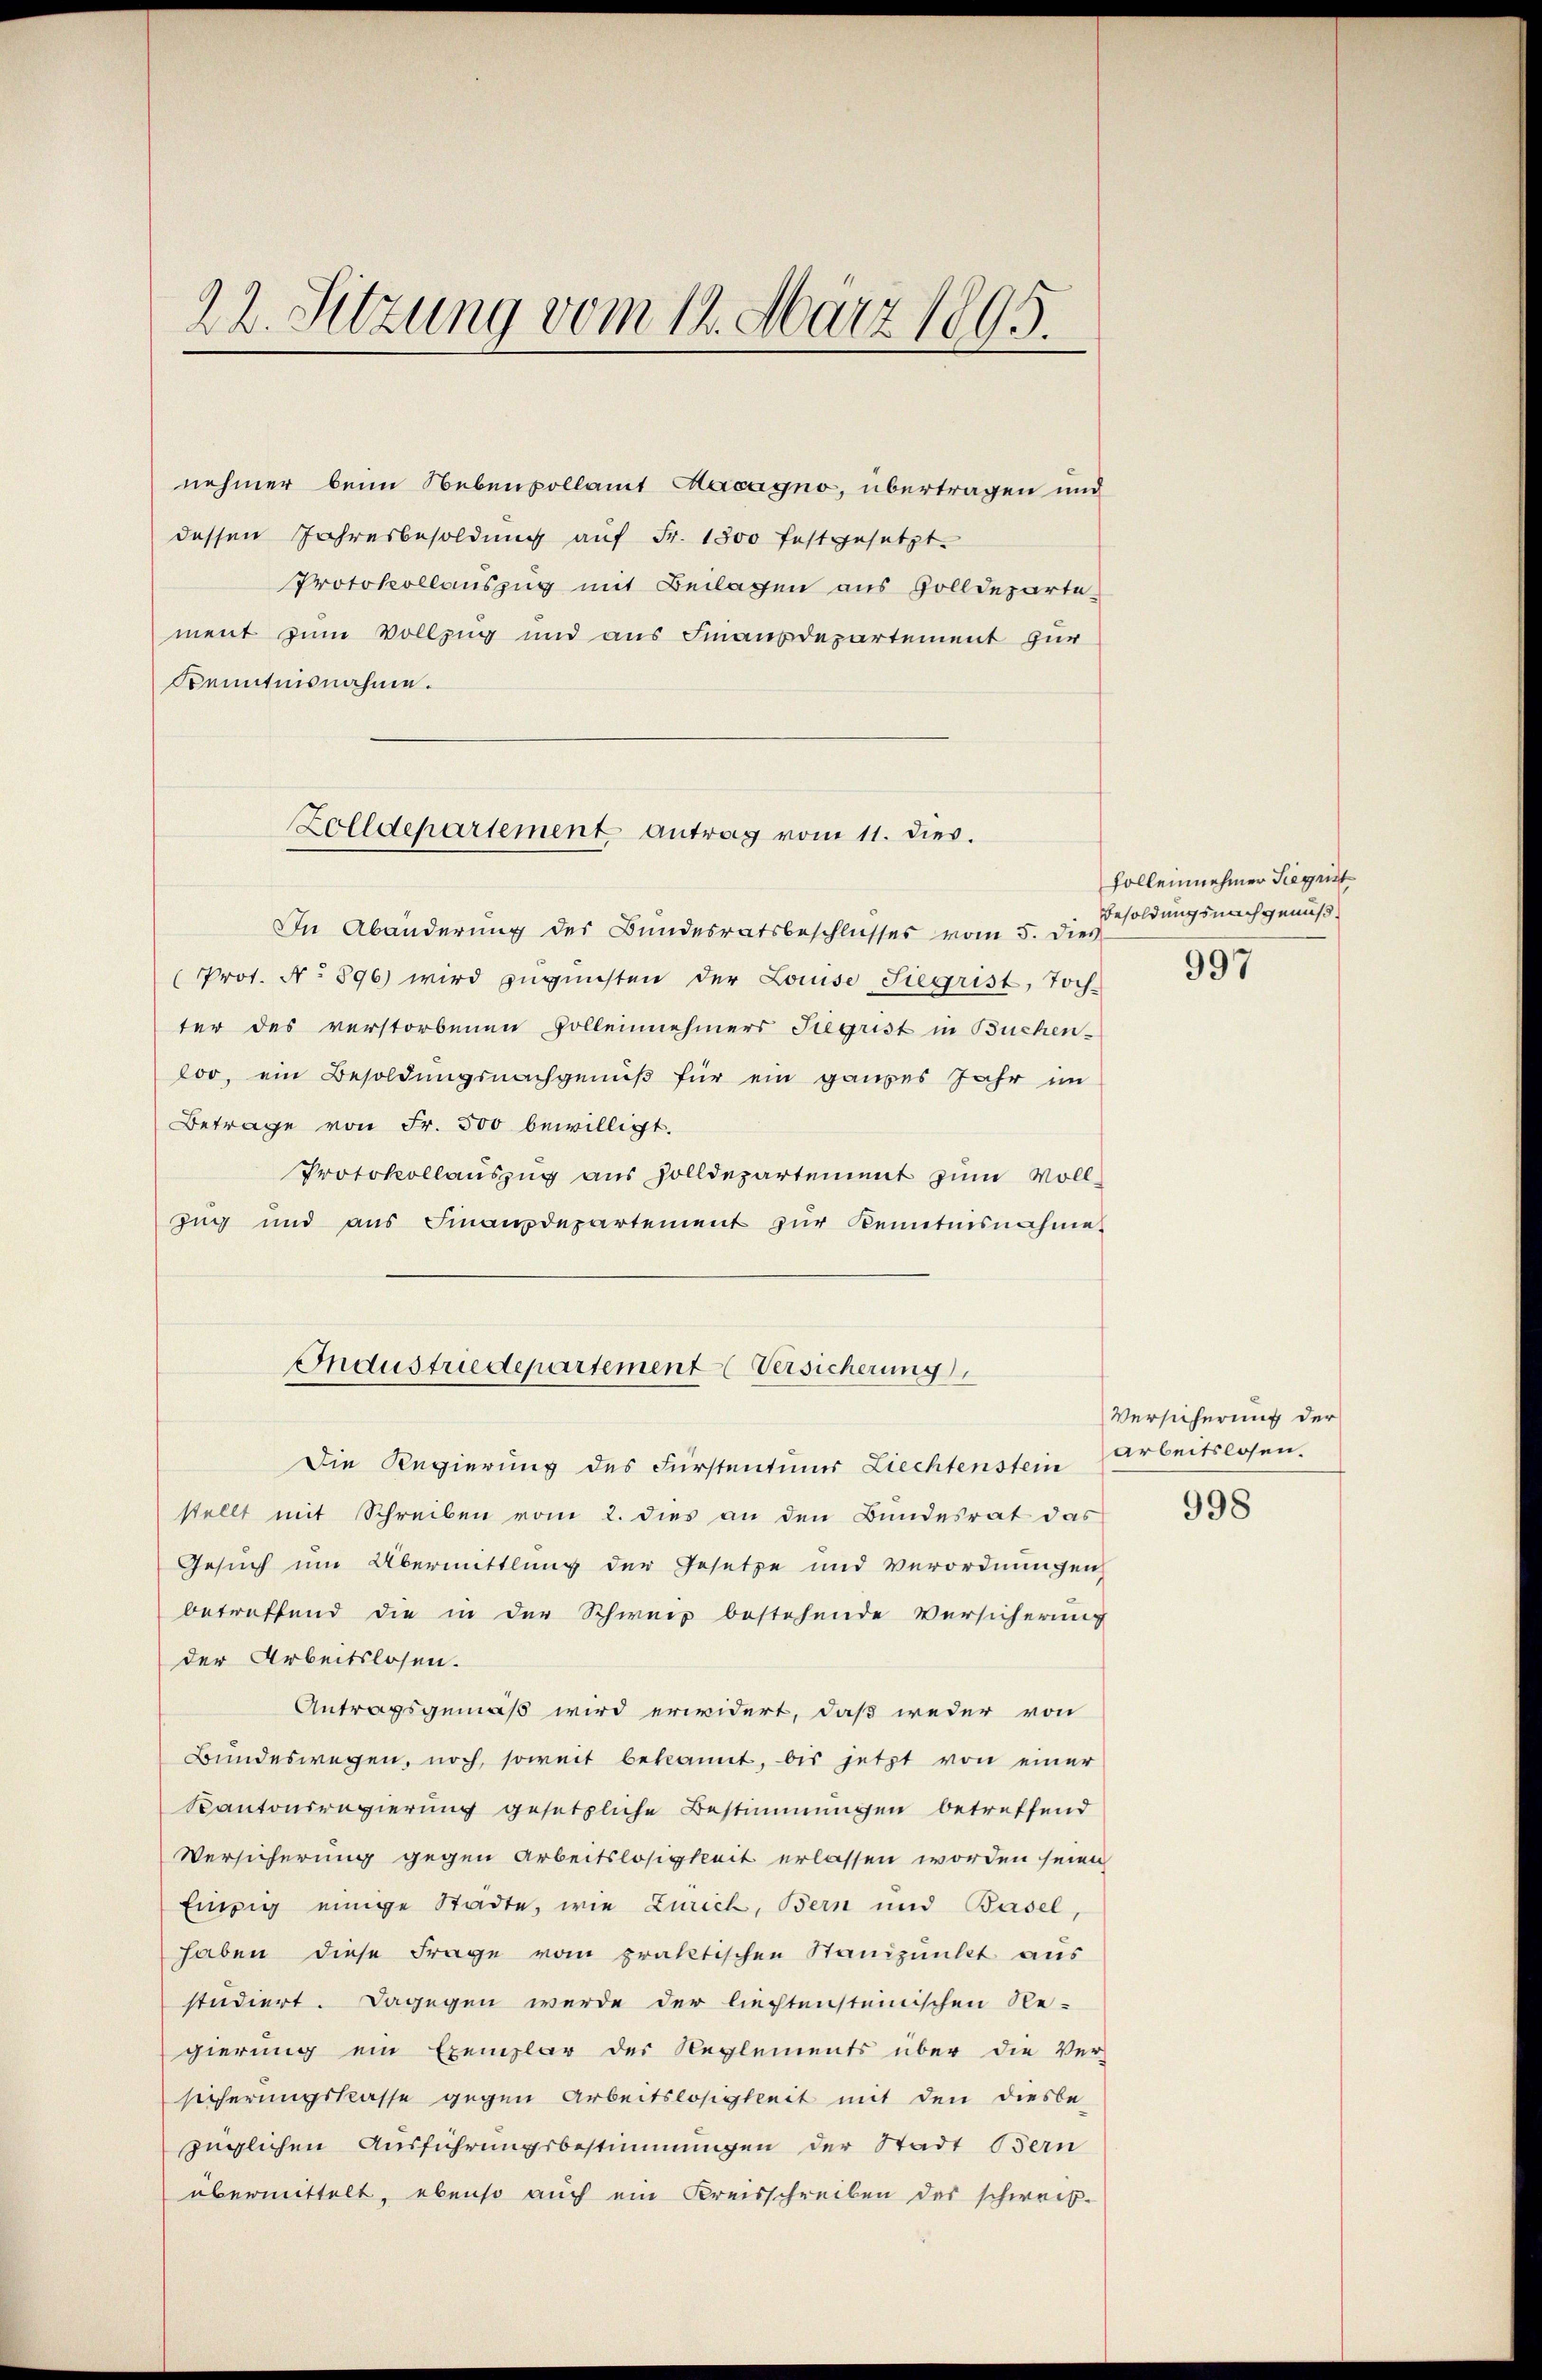
22. Sitzung vom 14. März 1895.

nehmer beim Nebenpollamt Macagno, übertragen und
dessen Jahresbesoldung auf Fr. 1800 festgesetzt.
Protokollauszug mit Beilagen aus Zolldepartement zum Vollzug und aus Finanzdepartement zur
Kenntnisnahme.

Zolldepartement antrag vom 11. dies.

In Abänderung des Bundesratsbeschlŭsses vom 5. dies
(Prot. No 896) wird zugunsten der Louise Siegrist, Toch-
ter des verstorbenen Vollennehmers Siegrist in Buchen-
loo, ein Besoldungsnachgenuß für ein ganzes Jahr im
Betrage von Fr. 500 bewilligt.
Protokollauszug aus Zolldepartement zum Voll¬
Zug und aŭs Finanzdepartement zŭr Kenntnisnahme
Die Regierung des Fürstentums Liechtenstein Arbeitslosen.
stellt mit Schreiben vom 2. dies an den Bundesrat das
Gesuch um Übermittlung der Gesetze und Verordnungen
betreffend die in der Schweiz bestehende Versicherung
der Arbeitslosen.
Antragsgemäß wird erwidert, daß weder von
Bundeswegen, noch, soweit bekannt, bis jetzt von einer
Kantonsregierung gesetzliche Bestimmungen betreffend
Versicherung gegen Arbeitslosigkeit erlassen worden seien
Einzig einige Städte, wie Zürich, Bern und Basel
haben diese Frage vom praktischen Standpunkt aus
studiert. Dagegen werde der liechtensteinischen Re-
gierung ein Exemplar der Reglements über die Ver-
sicherungskasse gegen Arbeitslosigkeit mit den diesbe-
züglichen Ausführungsbestimmungen der Stadt Bern
übermittelt, ebenso auch ein Kreisschreiben des schweib-

Industriedepartement (Versicherung

Follennehmer Siegent
Besoldungsnachgenuß

997

Versicherung der

998